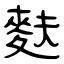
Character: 麩